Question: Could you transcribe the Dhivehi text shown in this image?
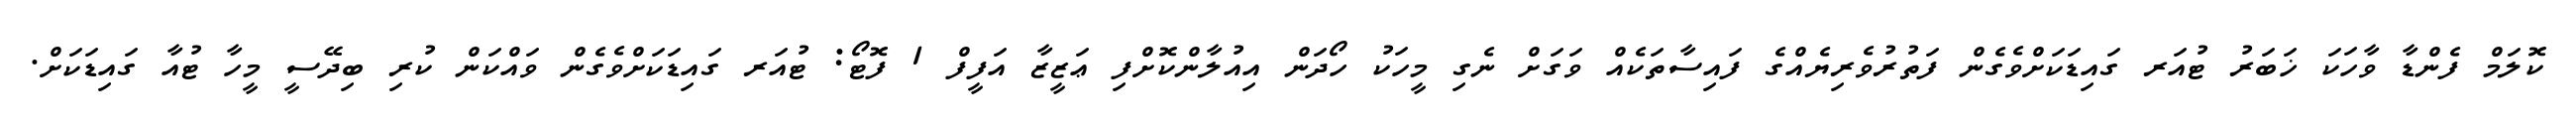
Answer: ކޮލަމް ފެންޑާ ވާހަކަ ޚަބަރު ޓުއަރ ގައިޑަކަށްވެގެން ފަތުރުވެރިޔެއްގެ ފައިސާތަކެއް ވަގަށް ނެގި މީހަކު ހޯދަން އިއުލާންކޮށްފި ޢަޒީޒާ އަފީފް 1 ފޮޓޯ: ޓުއަރ ގައިޑަކަށްވެގެން ވައްކަން ކުރި ބިދޭސީ މީހާ ޓުއާ ގައިޑަކަށް.